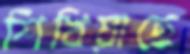
শিখিয়াছে